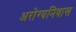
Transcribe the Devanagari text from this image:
अरोग्यनिवास